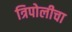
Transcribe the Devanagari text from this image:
त्रिपोलीचा